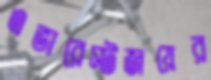
এভারেস্টজয়ের